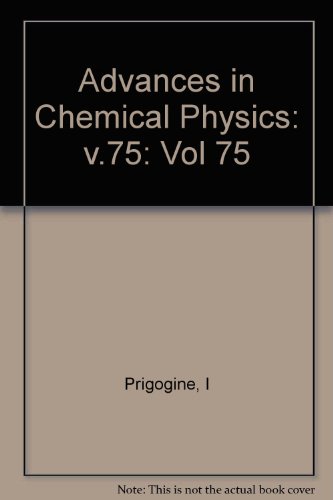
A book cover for Advances in Chemical Physics, Vol. 75; Science & Math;